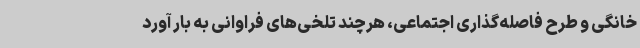
خانگی و طرح فاصله‌گذاری اجتماعی، هرچند تلخی‌های فراوانی به بار آورد